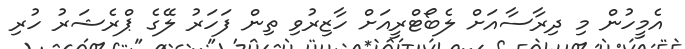
އެމީހުން މި ދިރާސާއަށް ލެބޯޓްރީއަށް ހާޒިރުވި ތިން ފަހަރު ލޭގެ ޕްރެޝަރު ހުރި